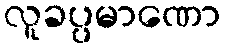
လူခပ္ပမာဏော